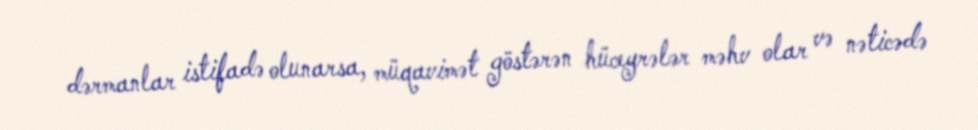
dərmanlar istifadə olunarsa, müqavimət göstərən hüceyrələr məhv olar və nəticədə